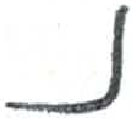
אות: נ